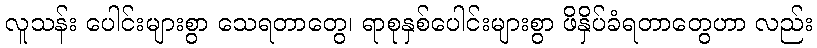
လူသန်း ပေါင်းများစွာ သေရတာတွေ၊ ရာစုနှစ်ပေါင်းများစွာ ဖိနှိပ်ခံရတာတွေဟာ လည်း